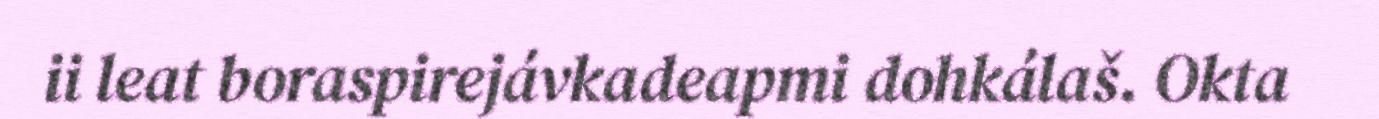
ii leat boraspirejávkadeapmi dohkálaš. Okta